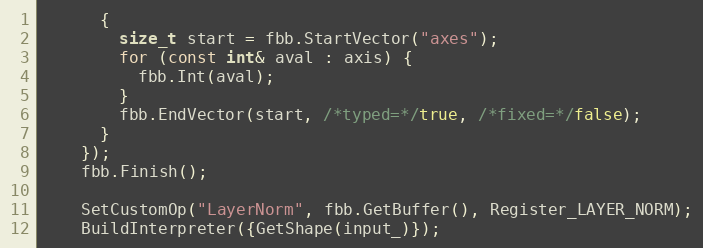
Language: C++
      {
        size_t start = fbb.StartVector("axes");
        for (const int& aval : axis) {
          fbb.Int(aval);
        }
        fbb.EndVector(start, /*typed=*/true, /*fixed=*/false);
      }
    });
    fbb.Finish();

    SetCustomOp("LayerNorm", fbb.GetBuffer(), Register_LAYER_NORM);
    BuildInterpreter({GetShape(input_)});